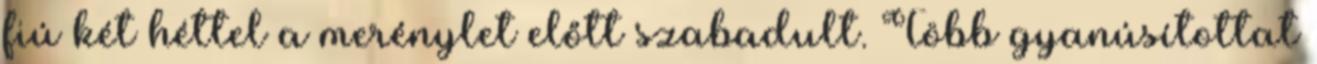
fiú két héttel a merénylet előtt szabadult. Több gyanúsítottat